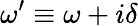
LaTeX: \omega^{\prime}\equiv\omega+i\delta